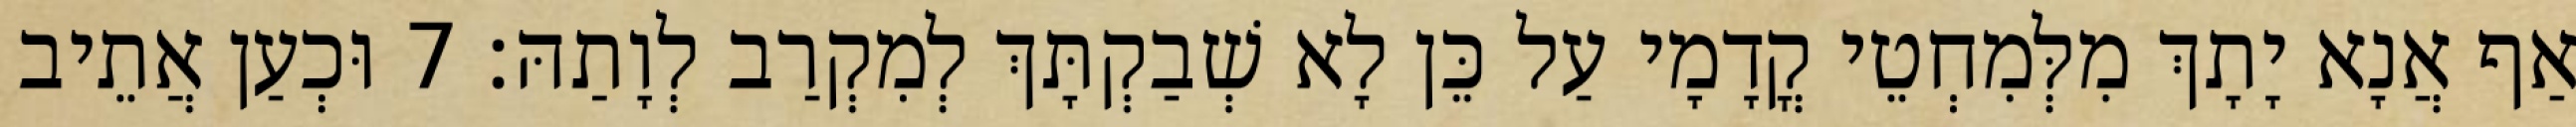
אַף אֲנָא יָתָךְ מִלְּמִחְטֵי קֳדָמָי עַל כֵּן לָא שְׁבַקְתָּךְ לְמִקְרַב לְוָתַהּ׃ 7 וּכְעַן אֲתֵיב